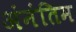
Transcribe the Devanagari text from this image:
अंनंतिम